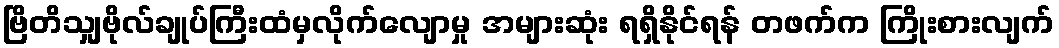
ဗြိတိသျှဗိုလ်ချုပ်ကြီးထံမှလိုက်လျောမှု အများဆုံး ရရှိနိုင်ရန် တဖက်က ကြိုးစားလျက်